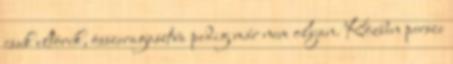
csak eltörik, összeragasztva pedig már nem olyan. Közben persze